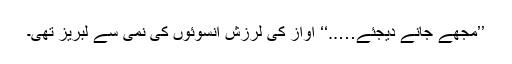
’’مجھے جانے دیجئے…..‘‘ آواز کی لرزش آنسوئوں کی نمی سے لبریز تھی۔